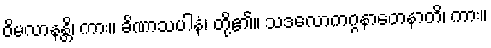
ဝိမလာနန္တိ၊ ကား။ ခိဏာသပါနံ၊ တို့၏။ သဒလောကဂ္ဂနာတေနာတိ၊ ကား။